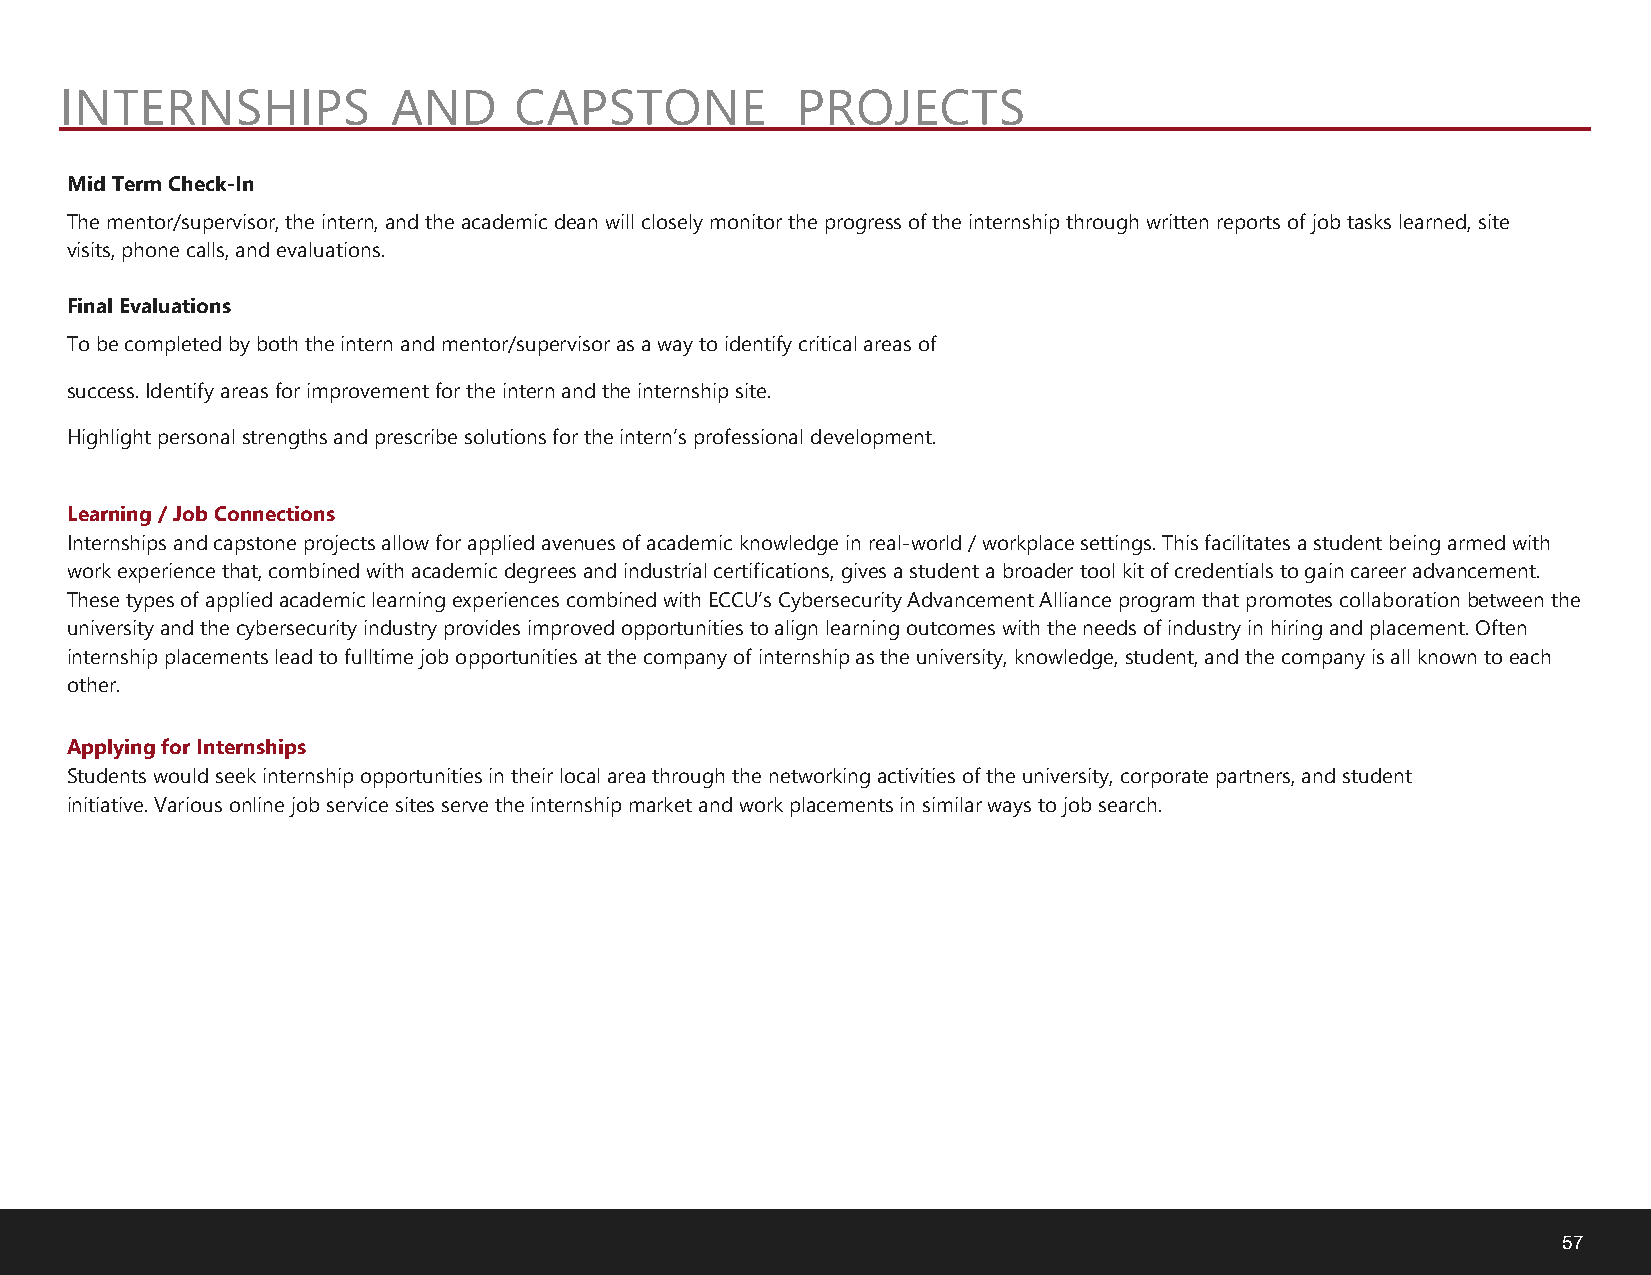
INTERNSHIPS           AND     CAPSTONE           PROJECTS
 Mid Term Check-In
 The mentor/supervisor, the intern, and the academic dean will closely monitor the progress of the internship through written reports of job tasks learned, site
 visits, phone calls, and evaluations.
 Final Evaluations
 To be completed by both the intern and mentor/supervisor as a way to identify critical areas of
 success. Identify areas for improvement for the intern and the internship site.
 Highlight personal strengths and prescribe solutions for the intern’s professional development.
 Learning / Job Connections
 Internships and capstone projects allow for applied avenues of academic knowledge in real-world / workplace settings. This facilitates a student being armed with
 work experience that, combined with academic degrees and industrial certifications, gives a student a broader tool kit of credentials to gain career advancement.
 These types of applied academic learning experiences combined with ECCU’s Cybersecurity Advancement Alliance program that promotes collaboration between the
 university and the cybersecurity industry provides improved opportunities to align learning outcomes with the needs of industry in hiring and placement. Often
 internship placements lead to fulltime job opportunities at the company of internship as the university, knowledge, student, and the company is all known to each
 other.
 Applying for Internships
 Students would seek internship opportunities in their local area through the networking activities of the university, corporate partners, and student
 initiative. Various online job service sites serve the internship market and work placements in similar ways to job search.
 57